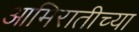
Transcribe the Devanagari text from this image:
आमिरातीच्या